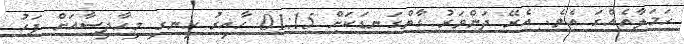
ހަމަލާއެއްގަ އެވެ. އެރޭ ދަންވަރު ގާތްގަނޑަކަށް 01:15 ހާއިރު ހިނގި މިހާދިސާއަށް ފަހު